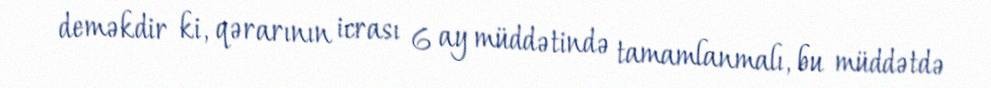
deməkdir ki, qərarının icrası 6 ay müddətində tamamlanmalı, bu müddətdə